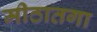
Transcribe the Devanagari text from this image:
मीठातगा